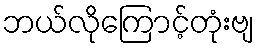
ဘယ်လိုကြောင့်တုံးဗျ